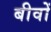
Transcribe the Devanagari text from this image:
बीवों